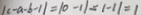
\vert c - a - b - 1 \vert = 1 0 - 1 1 = 1 - 1 1 = 1